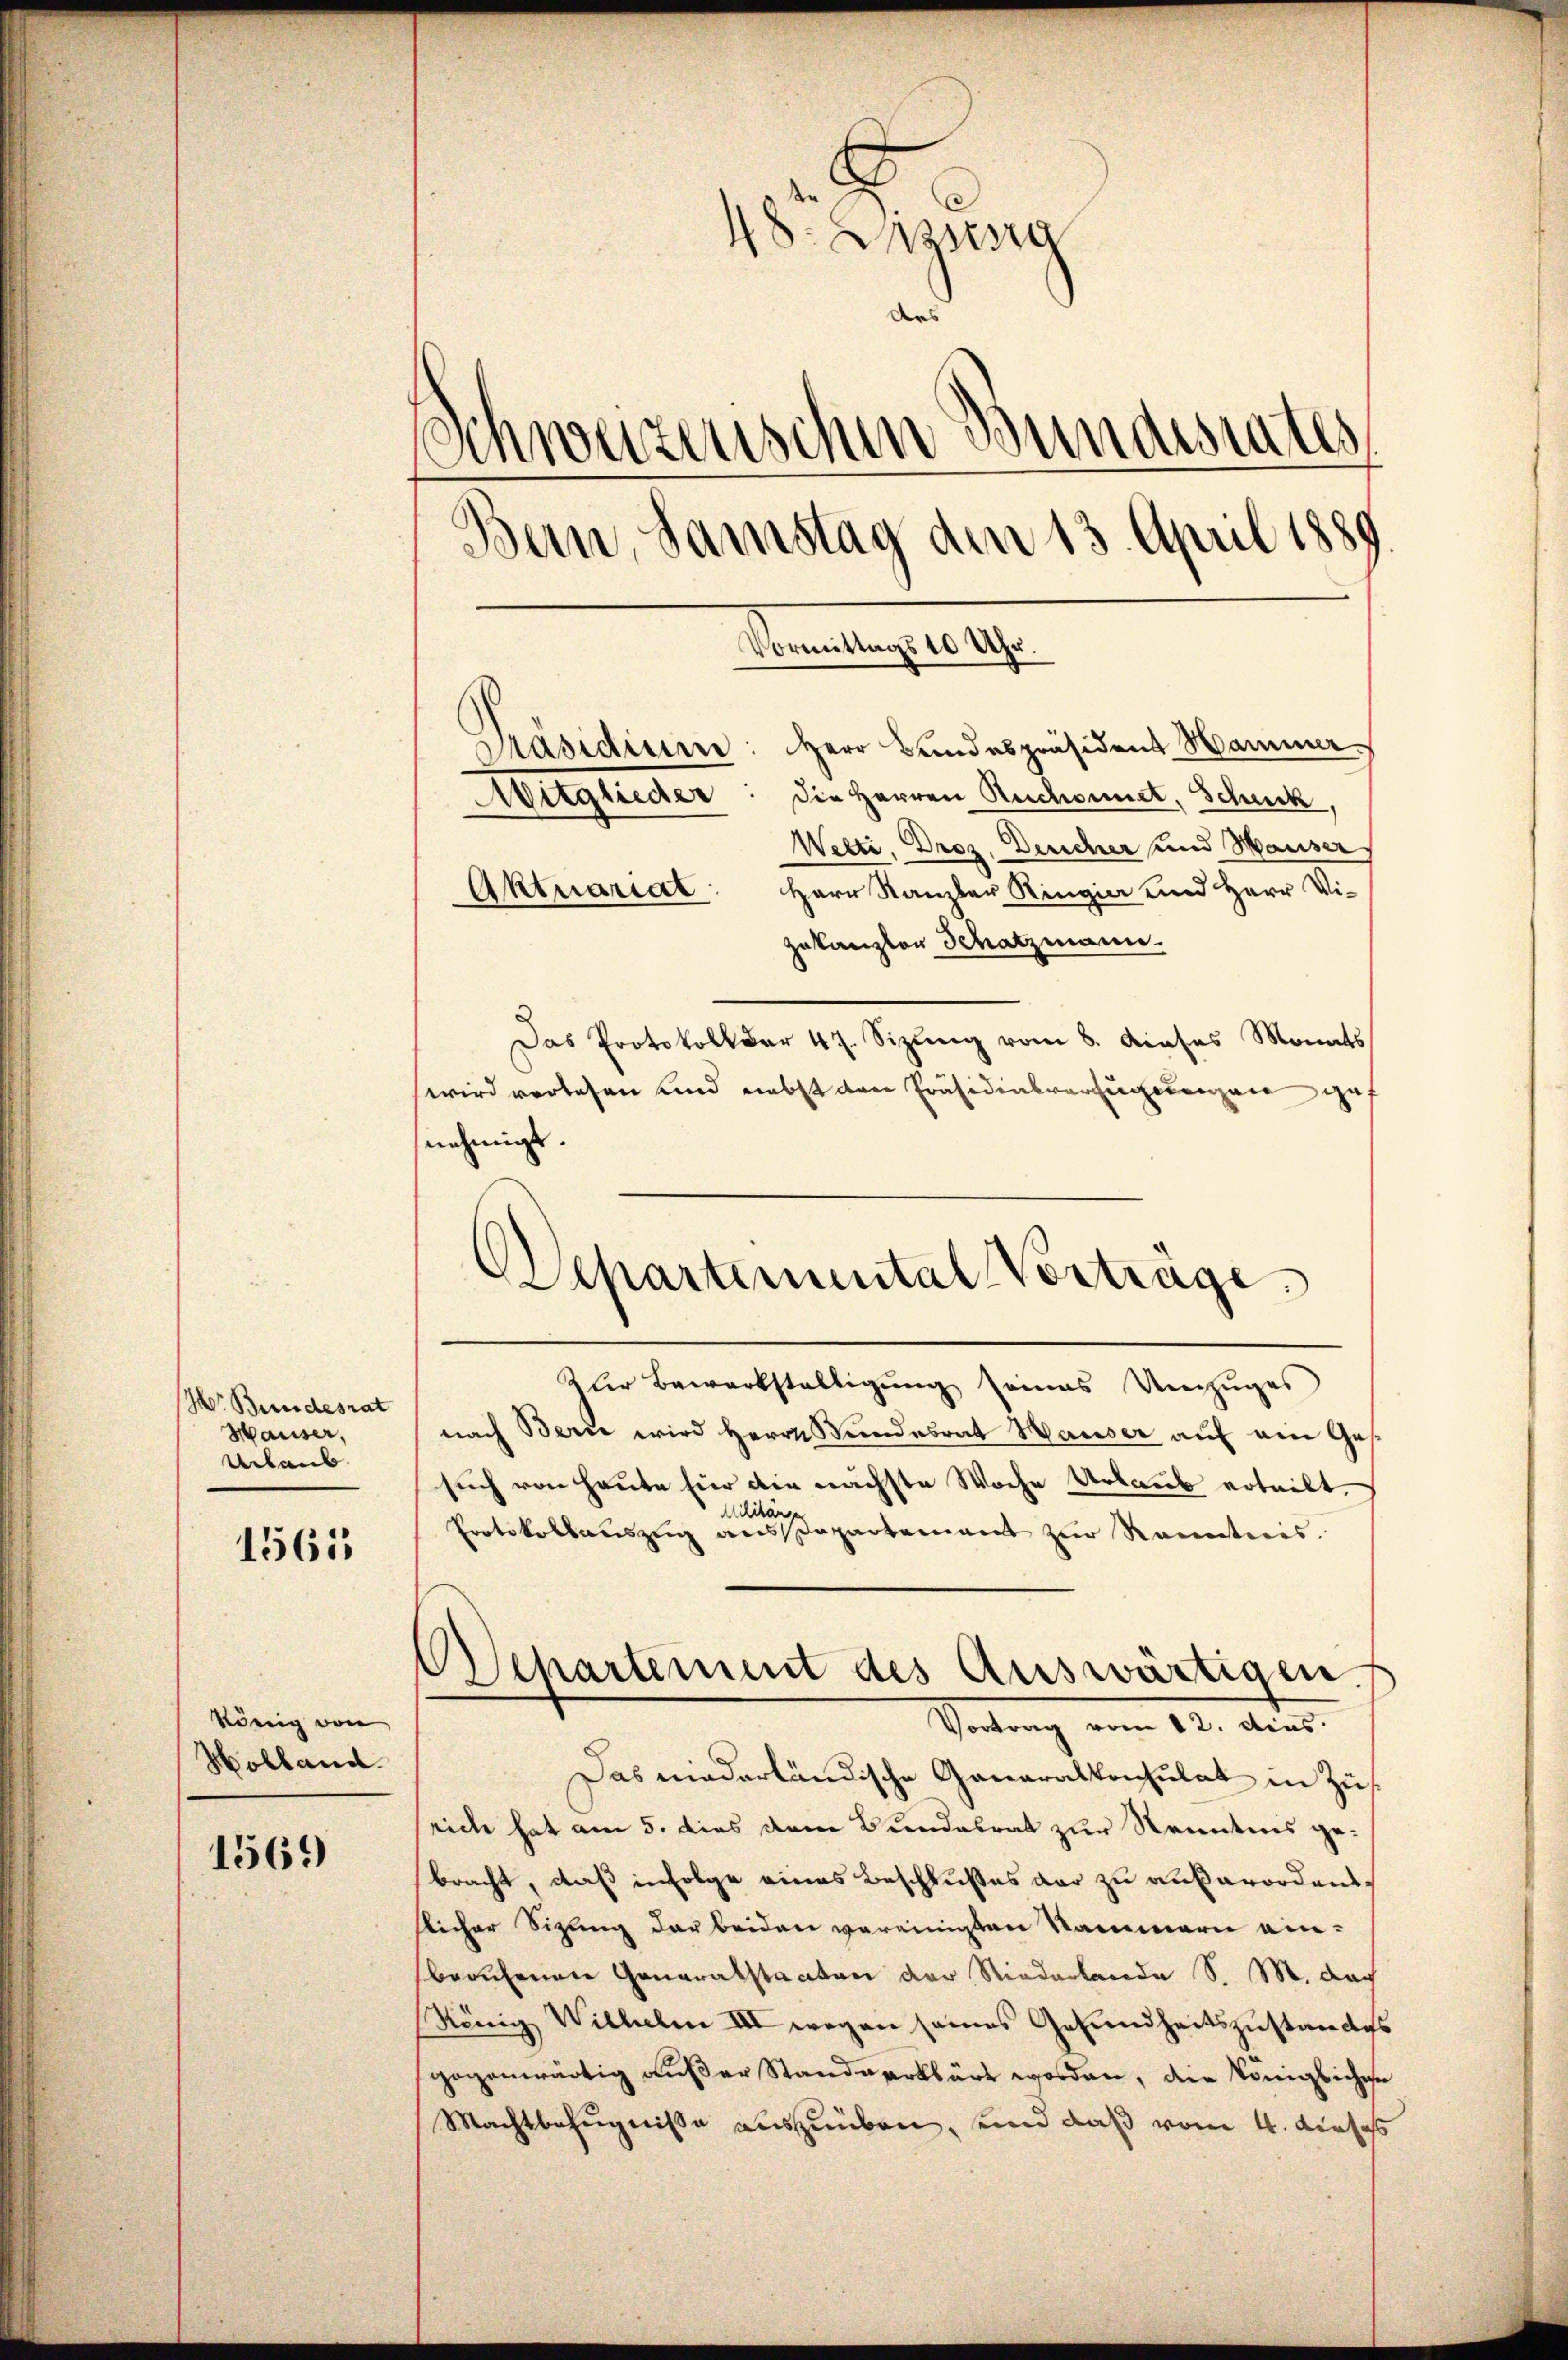
W. Bundesrat
Hauser,
Urlaub

1563

könig von
Holland.

1569)

48. Assig
ders
Schweizerischen Bundesrates
Bern, Samstag den 13. April 1889
Nrmutung 10 1890.
Präsidium: Herr Bundespräsident Hammer
Mitglieder. Die Herren Ruchonnet, Schuck
Wetti, Droz. Dericher und Hauser
Aktuariat: Herr Kanzler Ringia und Herr Vi-
Zukanzler Schatzmann.

Das Protokoll der 47. Sizŭng vom 8. dieses Monats
wird verlesen und nebst den Präsidialverfügungen gef
nehmigt.
zler Bewerkstaltigung seines Umzuges
nach Bern wird Herrn Wundesrat Hauser auf ein Ges
such von Heute für die nächste Woche Urlaub erteilt.
Militär
Protokollauszug aus Departement zur Kenntnis.
Separtement des Auswärtigen.
Vortrag vom 12. dies
Das niederländische Ganaralkonsulat in Zusrich hat am 5. dies dem Bundesrat zur Kenntnis gebracht, daß infolge eines Beschlußes der zu außerordensslicher Sitzung der beiden vereinigten Sammern einberufenen Generalstanten der Niederlande S. M. dach
König Wilhelm III wegen seines Gesundheitszustandes
gegenwärtig außer Standverklärt worden, die Königlichen
Machtbefugnisse auszuüben, und daß vom 4. dieses

Departemental Verträge.